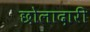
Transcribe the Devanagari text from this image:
छोलादारी